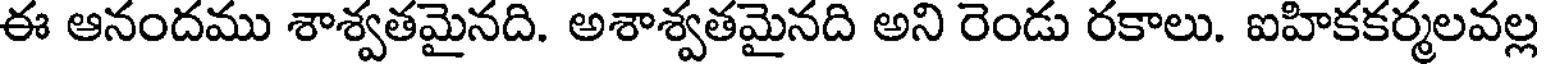
ఈ ఆనందము శాశ్వతమైనది. అశాశ్వతమైనది అని రెండు రకాలు. ఐహికకర్మలవల్ల